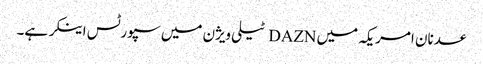
عدنان امر یکہ میں DAZN ٹیلی ویژن میں سپورٹس اینکر ہے۔